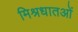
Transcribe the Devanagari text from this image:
मिश्रधातओं